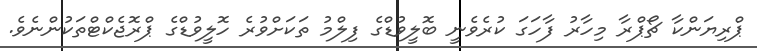
ޕްރިޔަންކާ ޗޯޕްރާ މިހާރު ފާހަގަ ކުރެވެނީ ބޮލީވުޑްގެ ފިލްމު ތަކަށްވުރެ ހޮލީވުޑްގެ ޕްރޮޖެކްޓްތަކުންނެވެ.